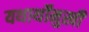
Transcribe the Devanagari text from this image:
यथार्थोंमुखी